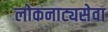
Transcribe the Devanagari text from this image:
लोकनाट्यसेवा